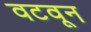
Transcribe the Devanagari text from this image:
वटवून